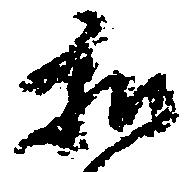
和